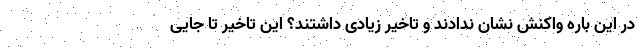
در این باره واکنش نشان ندادند و تاخیر زیادی داشتند؟ این تاخیر تا جایی